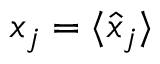
x _ { j } = \langle { \hat { x } _ { j } } \rangle